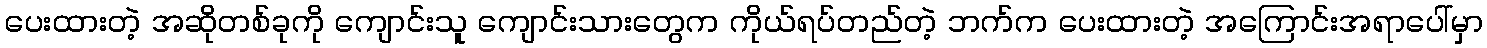
ပေးထားတဲ့ အဆိုတစ်ခုကို ကျောင်းသူ ကျောင်းသားတွေက ကိုယ်ရပ်တည်တဲ့ ဘက်က ပေးထားတဲ့ အကြောင်းအရာပေါ်မှာ